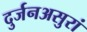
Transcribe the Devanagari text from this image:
दुर्जनअसुरां